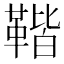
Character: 𩋧